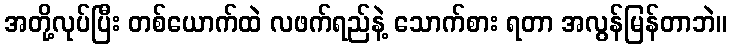
အတို့လုပ်ပြီး တစ်ယောက်ထဲ လဖက်ရည်နဲ့ သောက်စား ရတာ အလွန်မြန်တာဘဲ။